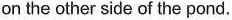
on the other side of the pond.